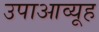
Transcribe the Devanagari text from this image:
उपाआव्यूह